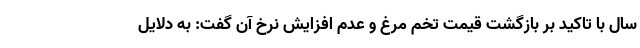
سال با تاکید بر بازگشت قیمت تخم مرغ و عدم افزایش نرخ آن گفت: به دلایل